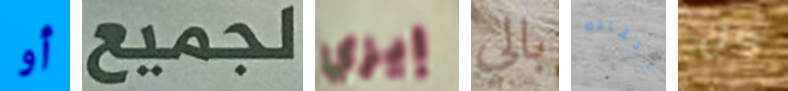
أو لجميع إيزي بالي انقاذك كل